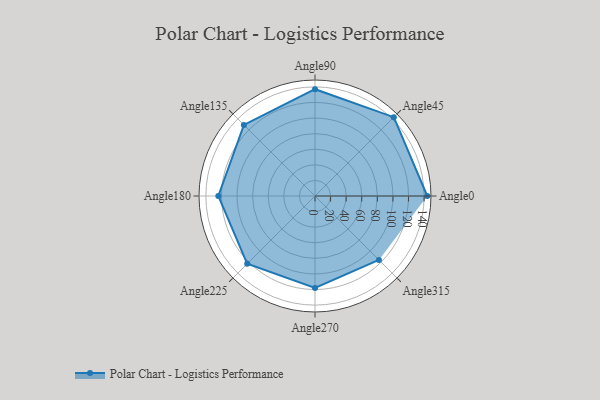
{"axis": {"x": "Angle", "y": "Radius"}, "legend": [""], "data": [{"x": "Angle0", "y": 144.0, "type": ""}, {"x": "Angle45", "y": 143.0, "type": ""}, {"x": "Angle90", "y": 137.0, "type": ""}, {"x": "Angle135", "y": 129.0, "type": ""}, {"x": "Angle180", "y": 124.0, "type": ""}, {"x": "Angle225", "y": 123.0, "type": ""}, {"x": "Angle270", "y": 118.0, "type": ""}, {"x": "Angle315", "y": 116.0, "type": ""}]}